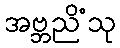
အဗ္ဘညိံသု